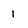
Character: 1